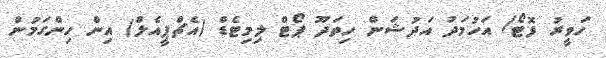
ހަވީރު ފޮޓޯ/ އަހުމަދު އަދުޝަން ހިތަދޫ ޕޯޓް ލިމިޓެޑް (އެޗްޕީއެލް) އިން ހިންގަމުން